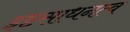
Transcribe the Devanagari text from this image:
इष्टसाधनत्व